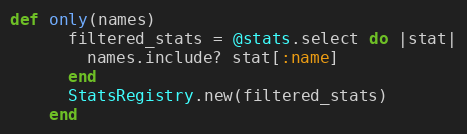
Language: Ruby
def only(names)
      filtered_stats = @stats.select do |stat|
        names.include? stat[:name]
      end
      StatsRegistry.new(filtered_stats)
    end